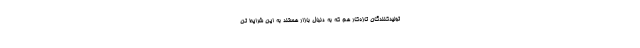
تولیدکنندگان تازه‌کار هم که به دنبال بازار هستند به این شرایط تن